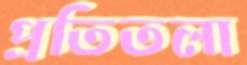
প্রতিতলা